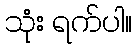
သုံး ရက်ပါ။